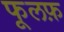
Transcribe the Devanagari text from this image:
फूलफ़